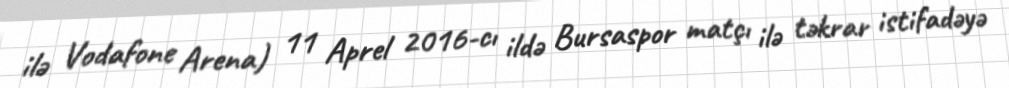
ilə Vodafone Arena) 11 Aprel 2016-cı ildə Bursaspor matçı ilə təkrar istifadəyə